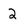
Character: 2